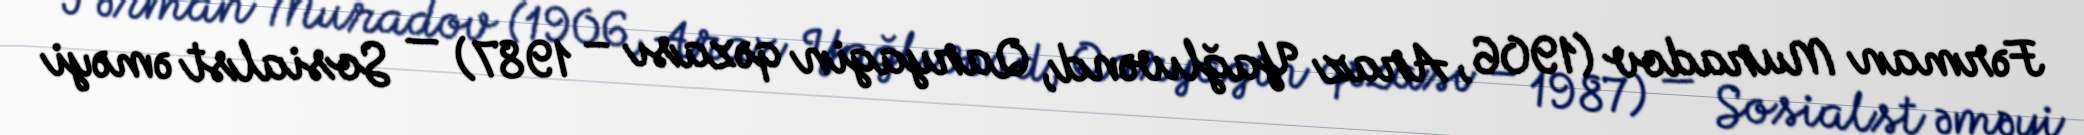
Fərman Muradov (1906, Araz Yağlıvənd, Qaryagin qəzası – 1987) — Sosialst əməyi